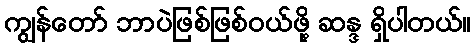
ကျွန်တော် ဘာပဲဖြစ်ဖြစ်ဝယ်ဖို့ ဆန္ဒ ရှိပါတယ်။